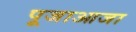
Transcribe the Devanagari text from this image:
पूजाआजा